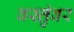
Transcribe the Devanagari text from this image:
वस्तुंवर